system: You are a helpful assistant.
user:
Analyze the provided spectrum to determine if it is a **M-type Giant (gM)**.

A M-type Giant spectrum is defined by its **strong molecular absorption** features, particularly from **Titanium Oxide (TiO)**. You must check for one of the following mutually exclusive signatures:

- **Key Visual Indicators (Absorption-Dominated Spectrum):**

    - **(Primary):** The spectrum is dominated by strong molecular absorption from **Titanium Oxide (TiO)**. This is the **defining feature** of its M-type temperature class.
        - **(Key Bandheads):** Look for sharp, "saw-tooth" absorption valleys. The strongest are located near **~7050 Å**, **~6160 Å**, and **~5170 Å**.
        - **(Line Profile):** The "saw-tooth" morphology is critical: a **sharp, steep drop on the BLUE (short-wavelength) side** of the bandhead, followed by a gradual recovery (rising flux) towards the RED (long-wavelength) side.

    - **(Key Confirmation - Giant vs. Dwarf):** **ABSENCE** of strong **Calcium Hydride (CaH)** molecular bands. This is the primary diagnostic for *excluding* M-dwarfs.
        - **(Key Region):** The spectrum should lack the strong, broad absorption band seen in dwarfs between **~6800 Å and ~7000 Å**.

    - **(Secondary Confirmation - Giant):** A very strong and broad **Neutral Calcium (Ca I)** atomic absorption line.
        - **(Key Line):** Located at **~4226 Å**. In a giant (gM), this line is significantly deeper and broader than the same line in an M-dwarf (dM) due to low surface gravity.

    - **(Overall Spectrum):**
        - The continuum is **extremely red-sloping** (i.e., flux is very low in the blue and rises dramatically towards the red).
        - The entire spectrum appears "chopped up" by the deep TiO bands.

Think first, call **spectral_visualization_tool** if needed to examine features in detail, then provide your final answer. Your response must adhere to the following strict rules:
1.  **Overall Structure:** Your response must follow the format `<think>...</think> <tool_call>...</tool_call> (if a tool is used) <answer>...</answer>`.
2.  **Tool Usage Constraint:** You may only make **one** tool call per turn.
3.  **Final Answer Format:** In the `<answer>` tag, your conclusion must be inside a `\boxed{}` command (e.g., `\boxed{YES}` or `\boxed{NO}`), followed by your justification.

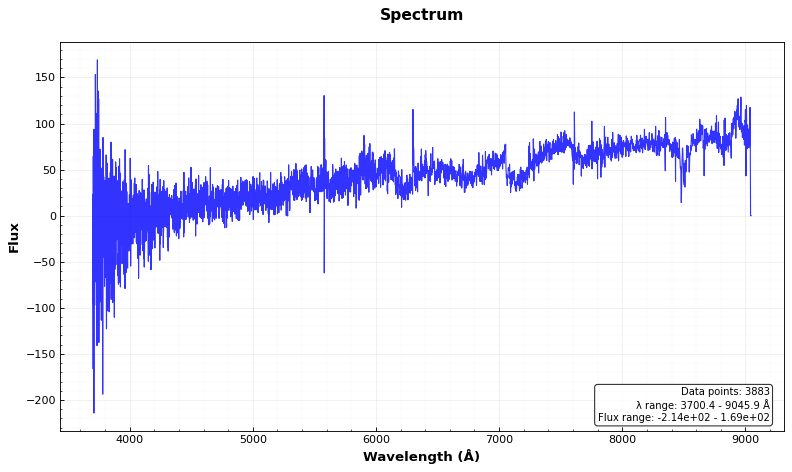
Answer: YES